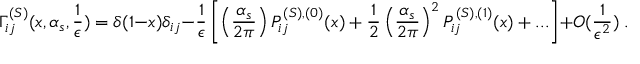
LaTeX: \Gamma _ { i j } ^ { ( S ) } ( x , \alpha _ { s } , \frac { 1 } { \epsilon } ) = \delta ( 1 - x ) \delta _ { i j } - \frac { 1 } { \epsilon } \left[ \left( \frac { \alpha _ { s } } { 2 \pi } \right) P _ { i j } ^ { ( S ) , ( 0 ) } ( x ) + \frac { 1 } { 2 } \left( \frac { \alpha _ { s } } { 2 \pi } \right) ^ { 2 } P _ { i j } ^ { ( S ) , ( 1 ) } ( x ) + . . . \right] + { \cal O } ( \frac { 1 } { \epsilon ^ { 2 } } ) \; .